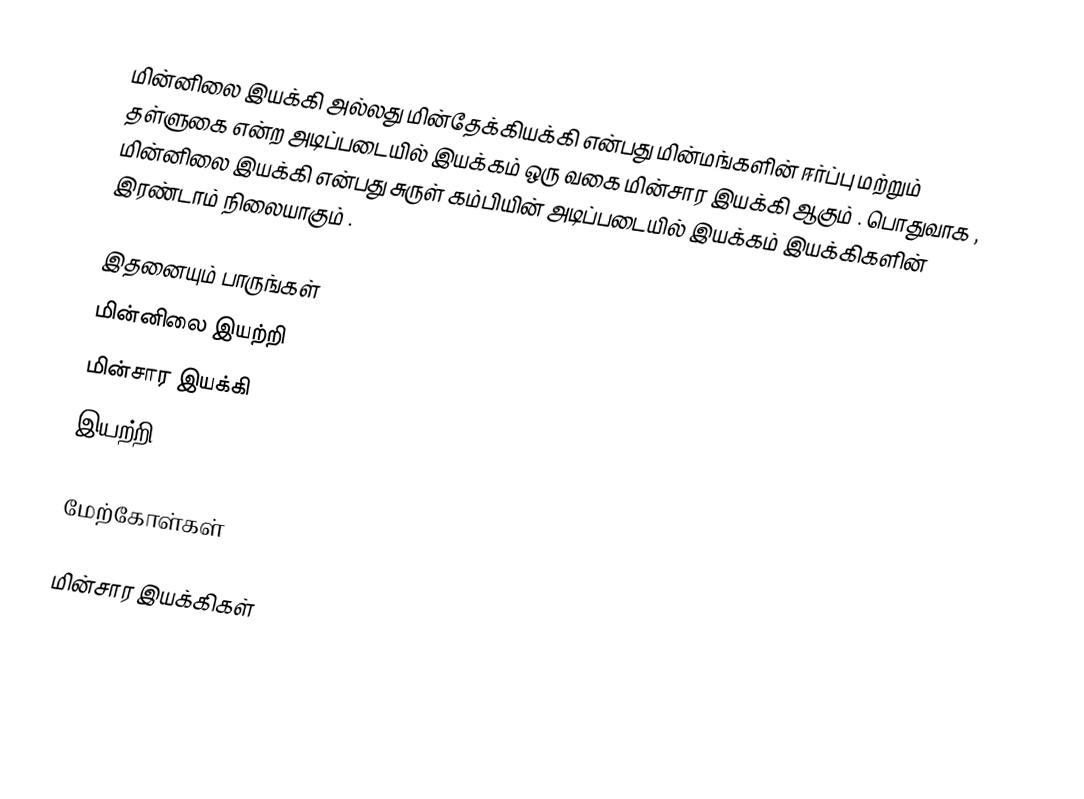
மின்னிலை இயக்கி அல்லது மின்தேக்கியக்கி என்பது மின்மங்களின் ஈர்ப்பு மற்றும் தள்ளுகை என்ற அடிப்படையில் இயக்கம் ஒரு வகை மின்சார இயக்கி ஆகும் . பொதுவாக , மின்னிலை இயக்கி என்பது சுருள் கம்பியின் அடிப்படையில் இயக்கம் இயக்கிகளின் இரண்டாம் நிலையாகும் .

இதனையும் பாருங்கள்
மின்னிலை இயற்றி
மின்சார இயக்கி
இயற்றி

மேற்கோள்கள்

மின்சார இயக்கிகள்